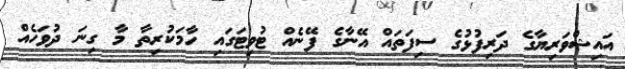
އައިޝްވަރިޔާގެ ދަރިފުޅުގެ ސިފަތައް އޭނާގެ ފޭނެއް ޓުވިޓަގައި ހާމަކުރިތާ މާ ގިނަ ދުވަހެއް